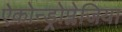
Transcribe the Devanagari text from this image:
ऐकोन्ड्रोप्लेजिया